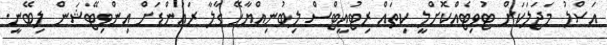
އަސްލު މަޖަލަކަށް ޓުވިޓެއްކޮށްލީ ކިތައް ރިޓުއީޓްސް ލިބުނިއްޔާހޭ ގާލާ ރައުންޑަށް އިންވިޓޭޝަން ލިބޭނީ.